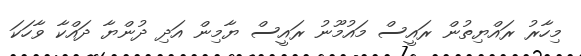
މިހާރު ރައްޔިތުން ރައީސް މައުމޫނު ރައީސް ޔާމިން އަދި ދުންޔާ ދައްކާ ވާހަކަ